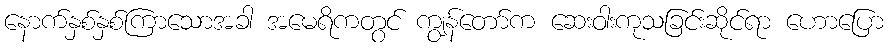
နောက်နှစ်နှစ်ကြာသောအခါ အမေရိကတွင် ကျွန်တော်က ဆေးဝါးကုသခြင်းဆိုင်ရာ ဟောပြော